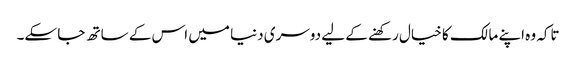
تاکہ وہ اپنے مالک کا خیال رکھنے کے لیے دوسری دنیا میں اس کے ساتھ جا سکے۔